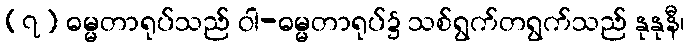
(၇) ဓမ္မတာရုပ်သည် ဝါ-ဓမ္မတာရုပ်၌ သစ်ရွက်တရွက်သည် နုနုနီ၊